Indian journal of veterinary science and animal husbandry - Volume 14,
Year: 1944
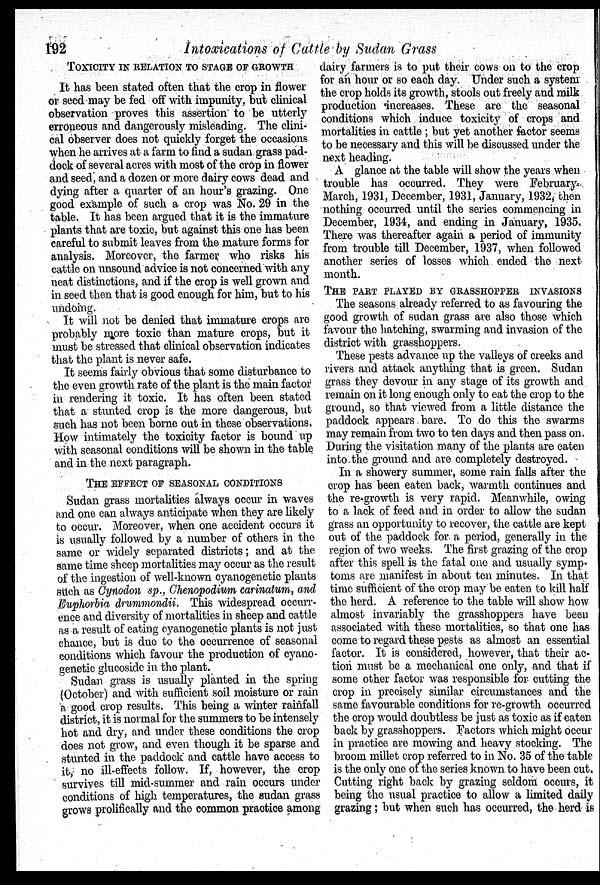
192
Intoxications of Cattle by Sudan Grass
TOXICITY IN RELATION TO STAGE OF GROWTH
It has been stated often that the crop in flower
or seed may be fed off with impunity, but clinical
observation proves this assertion to be utterly
erroneous and dangerously misleading. The clini-
cal observer does not quickly forget the occasions
when he arrives at a farm to find a sudan grass pad-
dock of several acres with most of the crop in flower
and seed, and a dozen or more dairy cows dead and
dying after a quarter of an hour's grazing. One
good example of such a crop was No. 29 in the
table. It has been argued that it is the immature
plants that are toxic, but against this one has been
careful to submit leaves from the mature forms for
analysis. Moreover, the farmer who risks his
cattle on unsound advice is not concerned with any
neat distinctions, and if the crop is well grown and
in seed then that is good enough for him, but to his
undoing.
It will not be denied that immature crops are
probably more toxic than mature crops, but it
must be stressed that olinical observation indicates
that the plant is never safe.
It seems fairly obvious that some disturbance to
the even growth rate of the plant is the main factor
in rendering it toxic. It has often been stated
that a stunted crop is the more dangerous, but
such has not been borne out in these observations.
How intimately the toxicity factor is bound up
with seasonal conditions will be shown in the table
and in the next paragraph.
THE EFFECT OF SEASONAL CONDITIONS
Sudan grass mortalities always occur in waves
and one can always anticipate when they are likely
to occur. Moreover, when one accident occurs it
is usually followed by a number of others in the
same or widely separated districts; and at the
same time sheep mortalities may occur as the result
of the ingestion of well-known cyanogenetic plants
such as Cynodon sp., Chenopodium carinatum, and
Euphorbia drummondii. This widespread occurr-
ence and diversity of mortalities in sheep and cattle
as a result of eating cyanogenetic plants is not just
chance, but is due to the occurrence of seasonal
conditions which favour the production of cyano-
genetic glucoside in the plant.
Sudan grass is usually planted in the spring
(October) and with sufficient soil moisture or rain
a good crop results. This being a winter rainfall
district, it is normal for the summers to be intensely
hot and dry, and under these conditions the crop
does not grow, and even though it be sparse and
stunted in the paddock and cattle have access to
it, no ill-effects follow. If, however, the crop
survives till mid-summer and rain occurs under
conditions of high temperatures, the sudan grass
grows prolifically and the common practice among
dairy farmers is to put their cows on to the crop
for an hour or so each day. Under such a system
the crop holds its growth, stools out freely and milk
production increases. These are the seasonal
conditions which induce toxicity of crops and
mortalities in cattle; but yet another factor seems
to be necessary and this will be discussed under the
next heading.
A glance at the table will show the years when
trouble has occurred. They were February
March, 1931, December, 1931, January, 1932, then
nothing occurred until the series commencing in
December, 1934, and ending in January, 1935.
There was thereafter again a period of immunity
from trouble till December, 1937, when followed
another series of losses which ended the next
month.
THE PART PLAYED BY GRASSHOPPER INVASIO
The seasons already referred to as favouring the
good growth of sudan grass are also those which
favour the hatching, swarming and invasion of the
district with grasshoppers.
These pests advance up the valleys of creeks and
rivers and attack anything that is green. Sudan
grass they devour in any stage of its growth and
remain on it long enough only to eat the crop to the
ground, so that viewed from a little distance the
paddock appears bare. To do this the swarms
may remain from two to ten days and then pass on.
During the visitation many of the plants are eaten
into the ground and are completely destroyed.
In a showery summer, some rain falls after the
crop has been eaten back, warmth continues and
the re-growth is very rapid. Meanwhile, owing
to a lack of feed and in order to allow the sudan
grass an opportunity to recover, the cattle are kept
out of the paddock for a period, generally in the
region of two weeks. The first grazing of the crop
after this spell is the fatal one and usually symp-
toms are manifest in about ten minutes. In that
time sufficient of the crop may be eaten to kill half
the herd. A reference to the table will show how
almost invariably the grasshoppers have been
associated with these mortalities, so that one has
come to regard these pests as almost an essential
factor. It is considered, however, that their ac-
tion must be a mechanical one only, and that if
some other factor was responsible for cutting the
crop in precisely similar circumstances and the
same favourable conditions for re-growth occurred
the crop would doubtless be just as toxic as if eaten
back by grasshoppers. Factors which might occur
in practice are mowing and heavy stocking. The
broom millet crop referred to in No. 35 of the table
is the only one of the series known to have been cut.
Cutting right back by grazing seldom occurs, it
being the usual practice to allow a limited daily
grazing ; but when such has occurred, the herd is